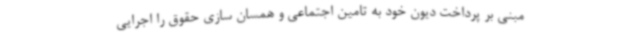
مبنی بر پرداخت دیون خود به تامین اجتماعی و همسان سازی حقوق را اجرایی